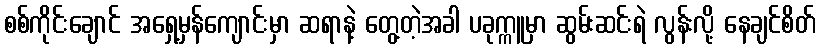
စစ်ကိုင်းချောင် အရှေ့မှန်ကျောင်းမှာ ဆရာနဲ့ တွေ့တဲ့အခါ ပခုက္ကူမှာ ဆွမ်းဆင်းရဲ လွန်းလို့ နေချင်စိတ်